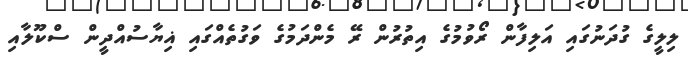
ލިލީގެ ގުދަނުގައި އަލިފާން ރޯވުމުގެ އިތުރުން ރޭ މެންދަމުގެ ވަގުތެއްގައި ޣިޔާސުއްދީން ސްކޫލާއި